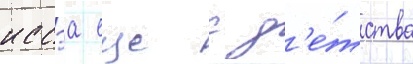
иссэа еще с д'е́тства